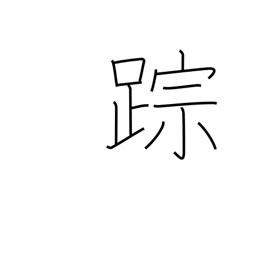
Meaning: clue